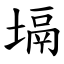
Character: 塥